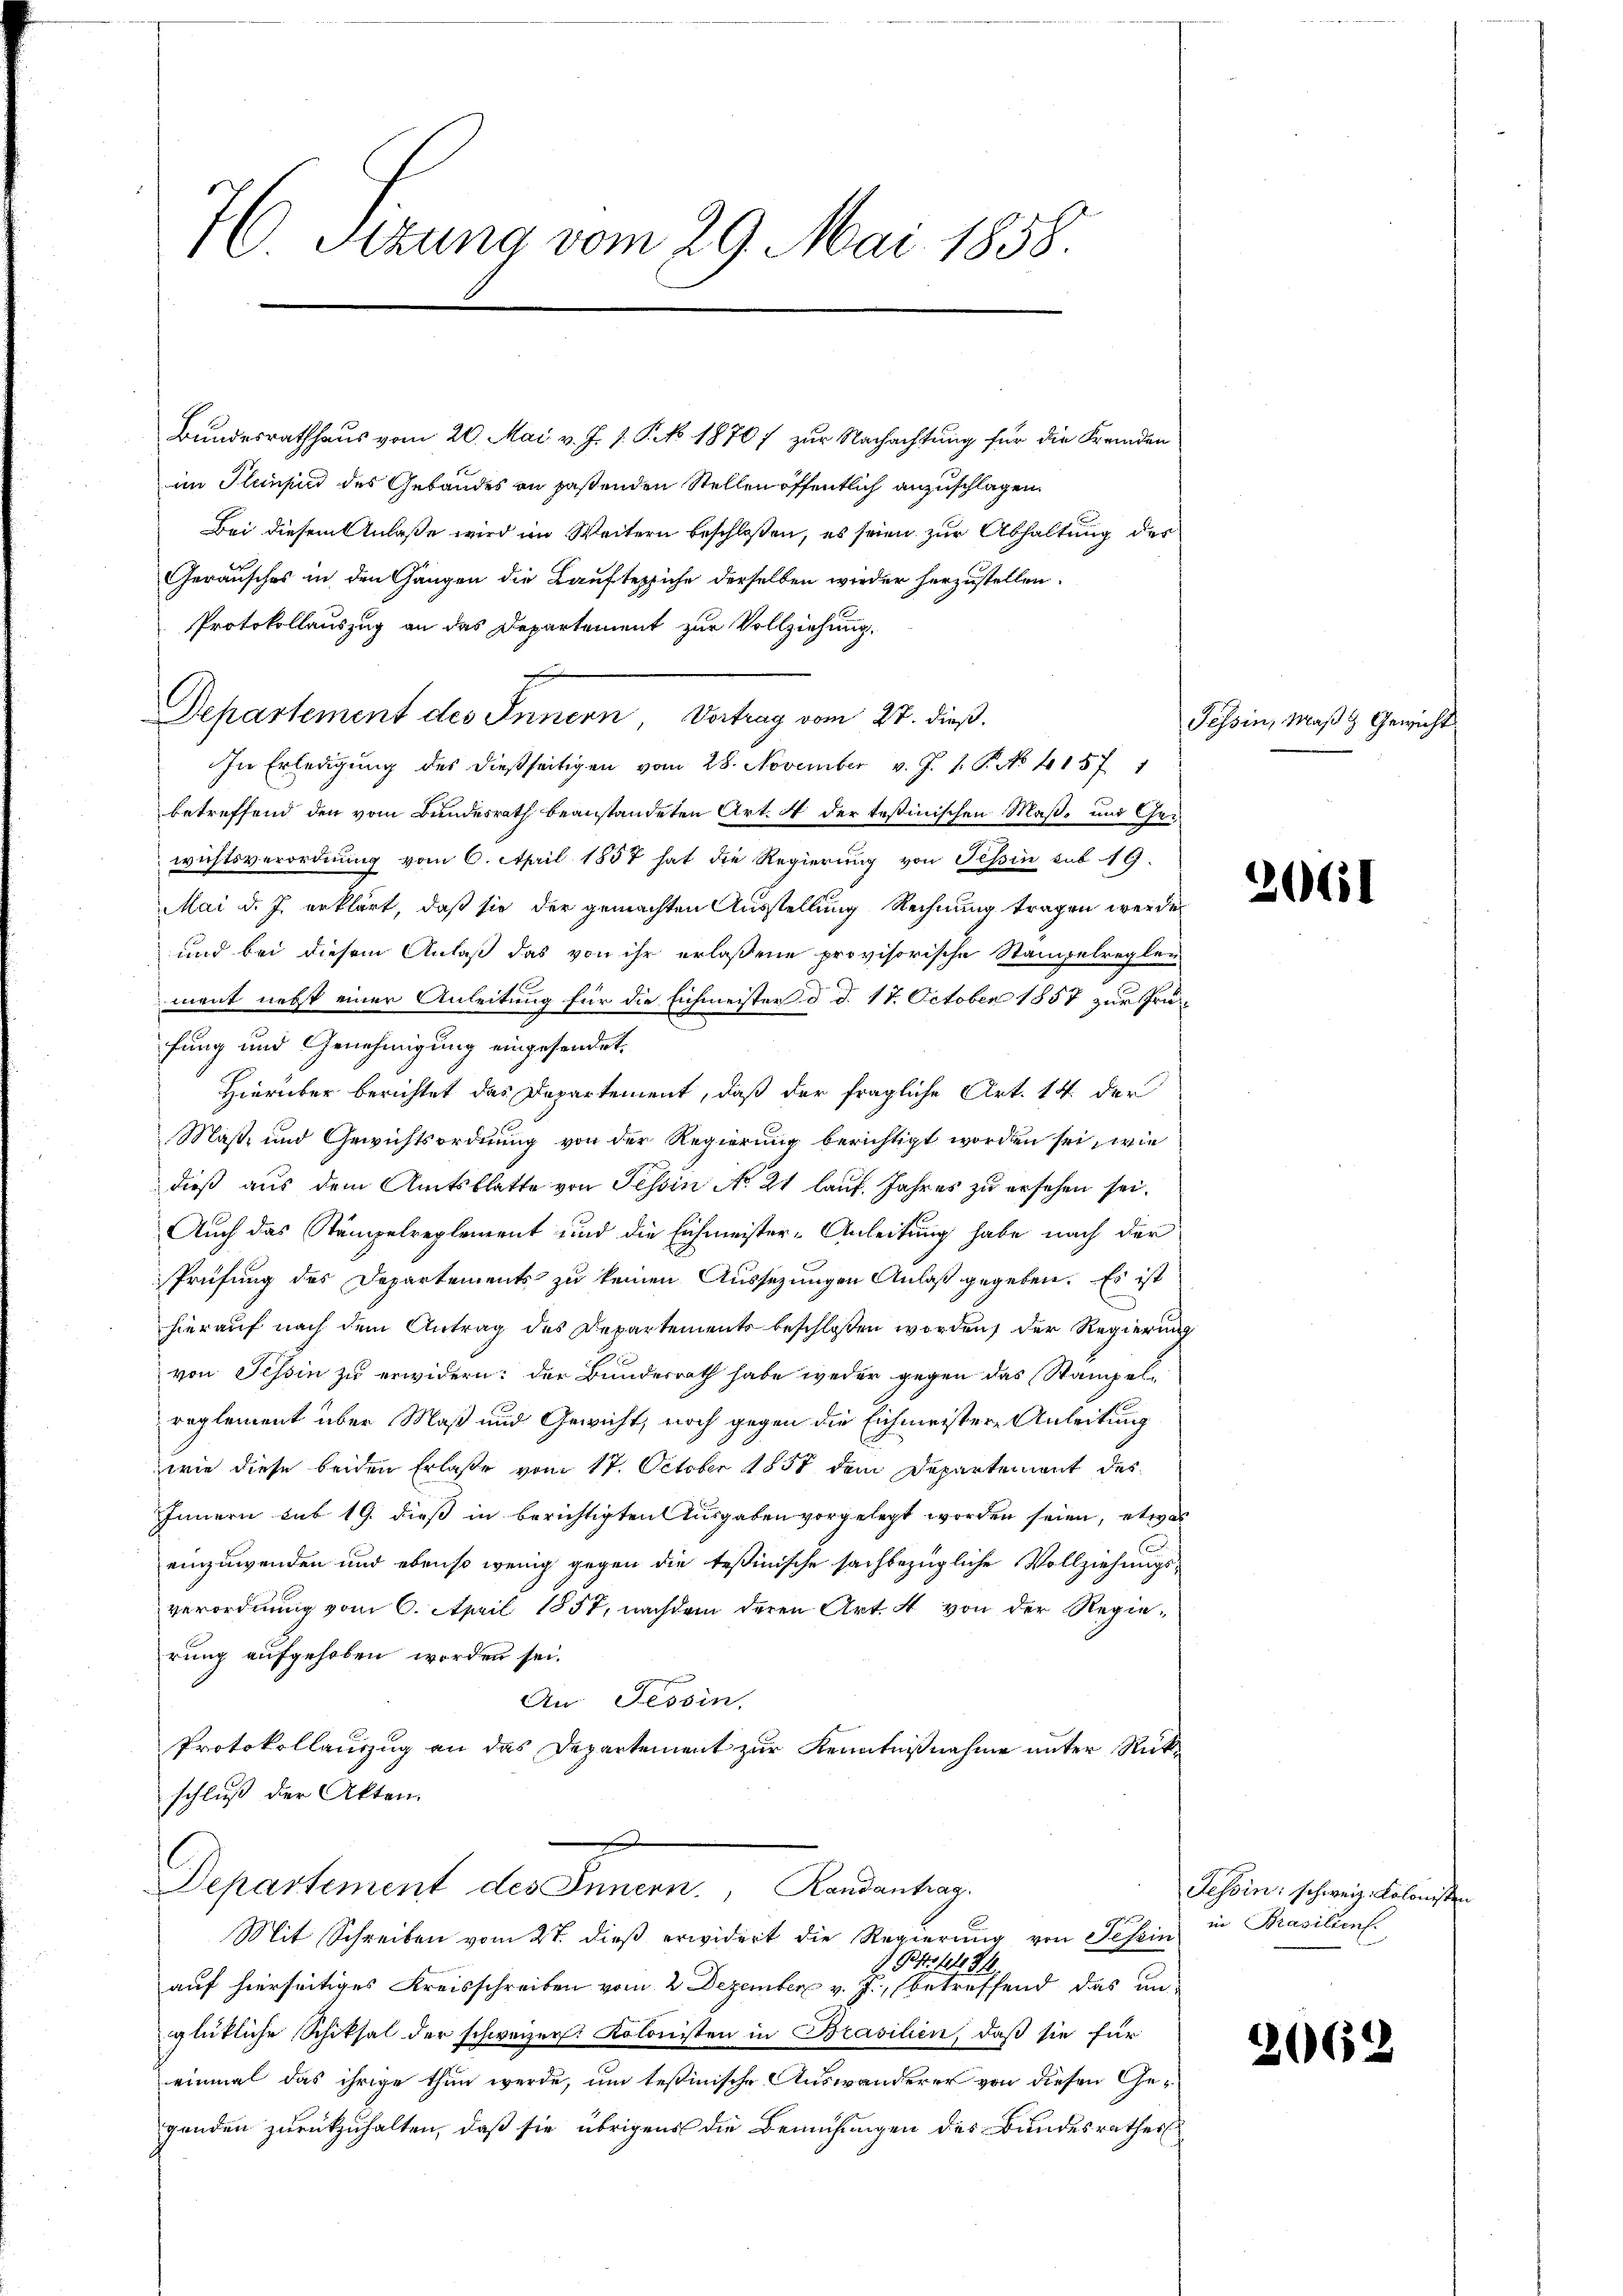
76 Sizung vom 29. Mai 1858.

Bundesrathhaus vom 20. Mai v. J. J. P. No. 1870 f zur Nachachtung für die Fremden
im Plenpied des Gebäudes an pastenden Stellen öffentlich anzuschlagen.
Bei diesem Anlaße wird im Weitern beschloßen, es seien zur Abhaltung des
Geräusches in den Gangen die Kaufteppiche derselben wieder herzustellen.
Protokollauszug an das Departement zur Vollziehung.
Departement des Innern, Vortrag vom 27. dieß.
In Erledigung des dießseitigen vom 28. November v. J. 1. P. No 1157. 1
betreffend den vom Bundesrath beanstandeten Art. 4 der testinischen Maß- und Geiwichtsverordnung vom 6. April 1857 hat die Regierung von Tessin sub 19.
Mai d. J. erklärt, daß sie der gemachten Ausstellung Rechnung tragen werden
und bei diesem Anlaß das von ihr erlassene provisorische Stampelregle-
ment nebst einer Anleitung für die Eichmeister d. d. 14. October 1857 zur Prüfung und Genehmigung eingesendet,
Hierüber berichtet das Departement, daß der fragliche Art. 14. der
Maß- und Gewichtsordnung von der Regierung berichtigt worden sei, wie
dieß aus dem Amtsblatte von Tessin No 21 lauf Jahres zu ersehen sei.
Auch das Stämpelreglement und die Eichmeister-Anleitung habe nach der
Prüfung des Departements zu keinen Aussezungen Anlaß gegeben. Es ist
hierauf nach dem Antrag des Departements beschlossen worden, der Regierung
von Tessin zu erwidern: der Bundesrath habe weder gegen das Stampelreglement über Maß und Gewicht, noch gegen die Eichmeistere Anleitung
wie diese beiden Erlaße vom 17. October 1857 dem Departement des
Innern sub 19. dieß in berichtigten Ausgaben vorgelegt worden seien, etwas
einzuwenden und ebenso wenig gegen die Teßinische sachbezügliche Vollziehungsverordnung vom 6. April 1857, nachdem deren Art. 4 von der Regierung aufgehoben worden sei.
An Tessin,
Protokollanzug an das Departement zur Kenntnißnahme unter Rückschluß der Akten.
d

Departement des Innern. Randantrag.
Mit Schreiben vom 27. dieß erwidert die Regierung von Tessin

Pittstel 24
auf hierseitiges Kreisschreiben vom 2. Dezember v. J., betreffend das un
glükliche Schiksal der schweizer. Kolonisten in Brasilien, daß sie für
einmal das ihrige thun werde, um testinische Auswanderer von diesen Gegenden zurückzuhalten, daß sie übrigens die Bemühungen des Bundesrathes

Tessin, Maß & Gewicht

2061

Tessin: schweiz. Kolonisten
in Prasilien.

2662